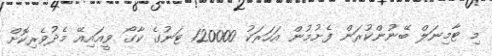
މި ޓާމިނަލް ބޭނުންކުރަން ފެށުމުން އަހަރަކު 120000 ޓަނުގެ ކާގޯ ވީއައިއޭ މެދުވެރިކޮށް